Indian Civil Veterinary Department memoirs
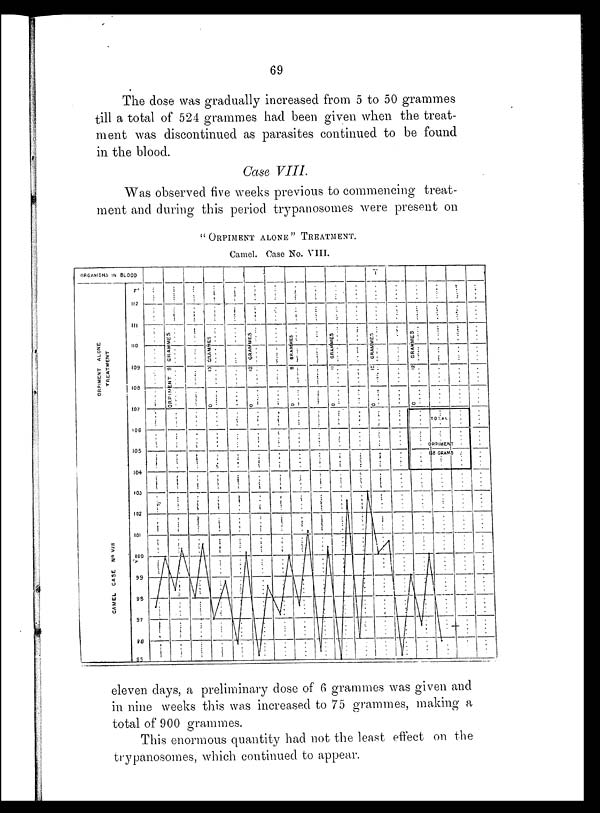
69
The dose was gradually increased from 5 to 50 grammes
till a total of 524 grammes had been given when the treat-
ment was discontinued as parasites continued to be found
in the blood.
Case VIII.
Was observed five weeks previous to commencing treat-
ment and during this period trypanosomes were present on
"ORPIMENT ALONE" TREATMENT.
Camel. Case No. VIII.
eleven days, a preliminary dose of 6 grammes was given and
in nine weeks this was increased to 75 grammes, making a
total of 900 grammes.
This enormous quantity had not the least effect on the
trypanosomes, which continued to appear.